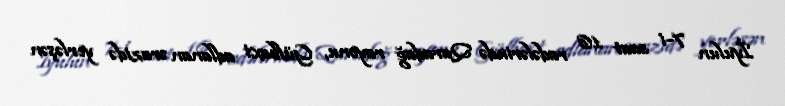
İyulun 7-i saat 16 radələrində Qaradağ rayonu, Gülbaxt adlanan ərazidə yerləşən